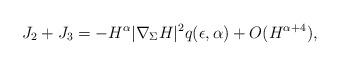
LaTeX: \begin{align*}J_2+J_3=-H^\alpha|\nabla_\Sigma H|^2 q(\epsilon, \alpha)+O(H^{\alpha+4}),\end{align*}